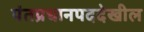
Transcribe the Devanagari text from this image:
पंतप्रधानपददेखील